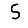
Digit: 5